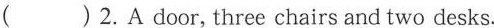
( )2.A door, three chairs and two desks.